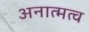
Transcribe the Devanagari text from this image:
अनात्मत्व